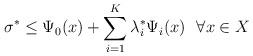
LaTeX: \begin{align*}\sigma^* \leq \Psi_0(x) + \sum_{i=1}^{K}\lambda_i^* \Psi_i(x) \ \ \forall x\in X\end{align*}